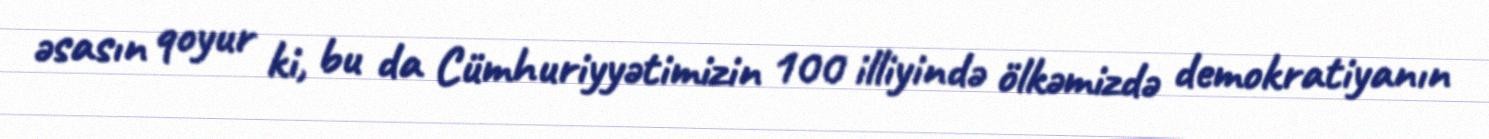
əsasın qoyur ki, bu da Cümhuriyyətimizin 100 illiyində ölkəmizdə demokratiyanın